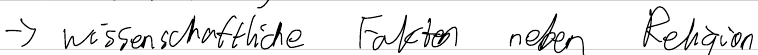
-> wissenschaftliche Fakten neben Religion